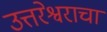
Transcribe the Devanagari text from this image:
उत्तरेश्वराचा